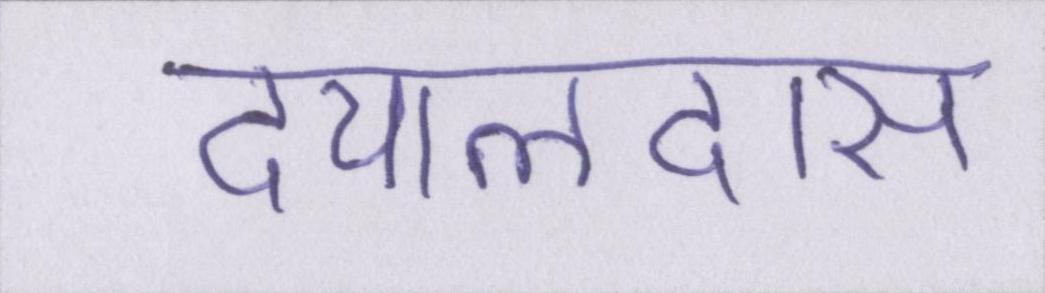
दयालदास